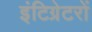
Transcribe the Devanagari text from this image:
इंटिग्रेटरों